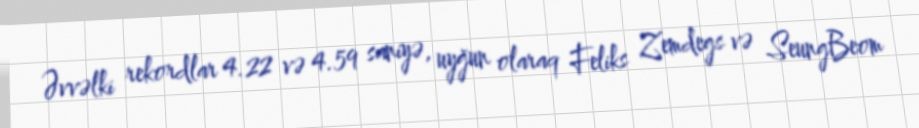
Əvvəlki rekordlar 4.22 və 4.59 saniyə, uyğun olaraq Feliks Zemdegs və SeungBeom